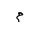
Letter: _mim